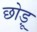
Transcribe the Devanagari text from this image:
छोड़ू